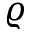
\varrho